Leaving Certificate, 1888
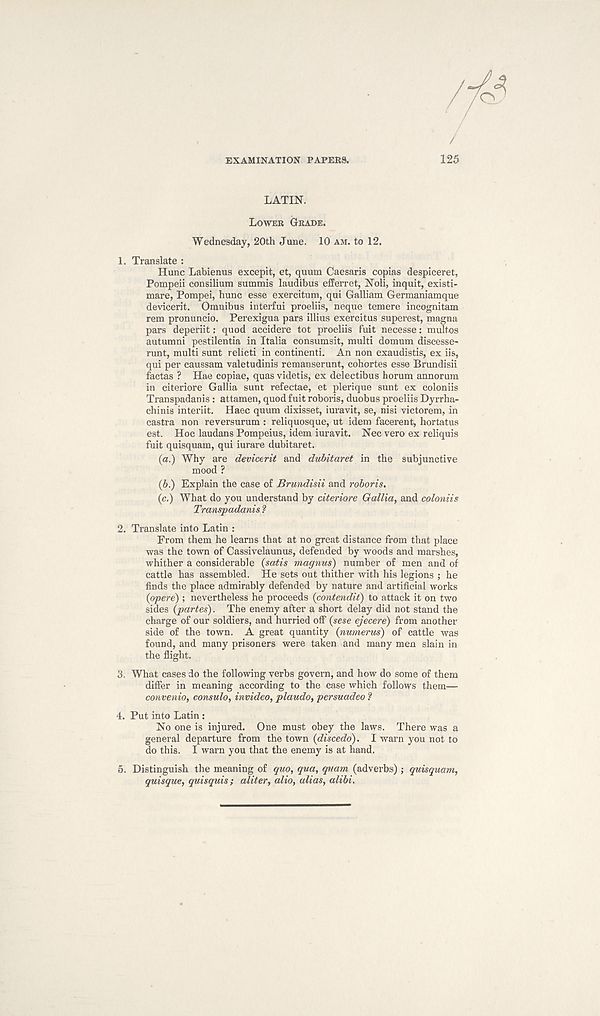
EXAMINATION PAPERS.
125
LATIN.
LOWER GRADE.
Wednesday, 20th June. 10 AM. to 12.
1. Translate :
Hunc Labienus excepit, et, quum Caesaris copias despiceret,
Pompeii consilium summis laudibus efferret, Noli, inquit, existi-
mare, Pompei, hunc esse exercitum, qui Galliam Germaniamque
devicerit. Omnibus interfui proeliis, neque temere incognitam
rem pronuncio. Perexigua pars illius exercitus superest, magna
pars deperiit: quod accidere tot proeliis fuit necesse: multos
autumni pestilentia in Italia consumsit, multi domum discesse-
runt, multi sunt relicti in continenti. An non exaudistis, ex iis,
qui per caussam valetudinis remanserunt, cohortes esse Brundisii
factas ? Hae copiae, quas videtis, ex delectibus horum annorum
in citeriore Gallia sunt refectae, et plerique sunt ex coloniis
Transpadanis : attamen, quod fuit roboris, duobus proeliis Dyrrha-
chinis interiit. Haec quum dixisset, iuravit, se, nisi victorem, in
castra non reversurum : reliquosque, ut idem facerent, hortatus
est. Hoc laudans Pompeius, idem iuravit. Nec vero ex reliquis
fuit quisquam, qui iurare dubitaret.
(a.) Why are devicerit and dubitaret in the subjunctive
mood ?
(6.) Explain the case of Brundisii and roboris.
(c.) What do you understand by citeriore Gallia, and coloniis
Transpadanis ?
2. Translate into Latin :
From them he learns that at no great distance from that place
was the town of Cassivelaunus, defended by woods and marshes,
whither a considerable {satis magnus) number of men and of
cattle has assembled. He sets out thither with his legions ; he
finds the place admirably defended by nature and artificial works
{opere) ; nevertheless he proceeds {contendit) to attack it on two
sides {partes). The enemy after a short delay did not stand the
charge of our soldiers, and hurried off {sese ejecere) from another
side of the town. A great quantity {numerus) of cattle was
found, and many prisoners were taken and many men slain in
the flight.
3. What cases do the following verbs govern, and how do some of them
differ in meaning according to the case which follows them—
convenio, consulo, invideo, plaudo, persuadeo ?
4. Put into Latin :
No one is injured. One must obey the laws. There was a
general departure from the town {discedo). I warn you not to
do this. I warn you that the enemy is at hand.
5. Distinguish the meaning of quo, qua, quam (adverbs) ; quisquam,
quisque, quisquis; aliter, alio, alias, alibi.